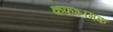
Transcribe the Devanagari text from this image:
कफशामक